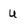
Character: U